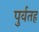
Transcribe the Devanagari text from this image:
पुर्वतह